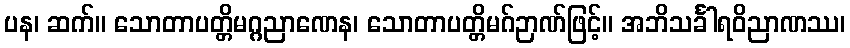
ပန၊ ဆက်။ သောတာပတ္တိမဂ္ဂညာဏေန၊ သောတာပတ္တိမဂ်ဉာဏ်ဖြင့်။ အဘိသင်္ခါရဝိညာဏဿ၊